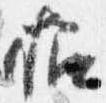
招